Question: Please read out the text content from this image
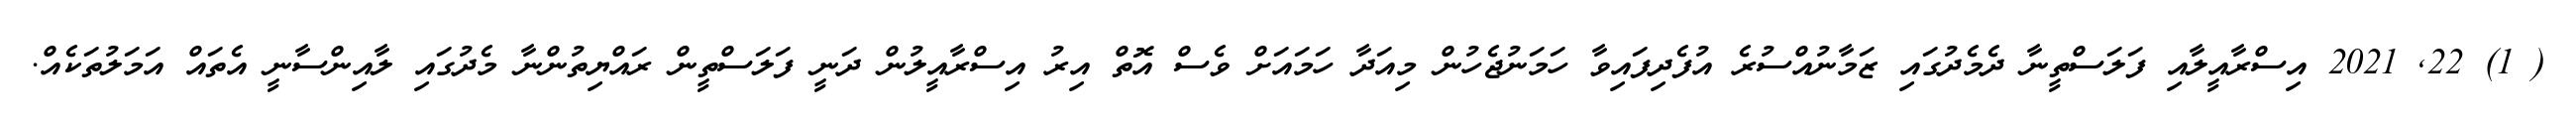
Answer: ( 1) 22, 2021 އިސްރާއީލާއި ފަލަސްތީނާ ދެމެދުގައި ޒަމާނުއްސުރެ އުފެދިފައިވާ ހަމަނުޖެހުން މިއަދާ ހަމައަށް ވެސް އޮތް އިރު އިސްރާއީލުން ދަނީ ފަލަސްތީން ރައްޔިތުންނާ މެދުގައި ލާއިންސާނީ އެތައް އަމަލުތަކެއް.